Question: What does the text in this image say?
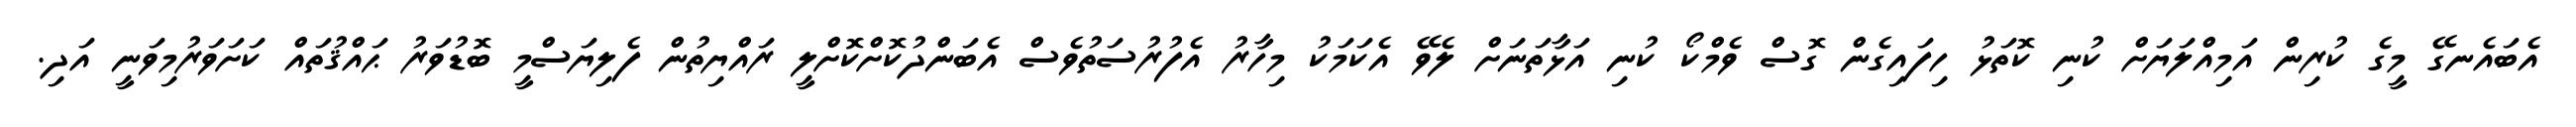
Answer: އެބައެނގޭ މީގެ ކުރިން އަމިއްލަޔަށް ކުނި ކޮތަޅު ހިފައިގެން ގޮސް ވެމްކޯ ކުނި އަޅާތަނަށް ލެވޭ އެކަމަކު މިހާރު އެފުރުސަތުވެސް އެބަންދުކޮށްކޮށްލީ ރައްޔިތުން ފެލިޔަސްމީ ބޮޑުވަރު ޙައްޤުތައް ކަށަވަރުމިވަނީ އަދި.